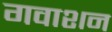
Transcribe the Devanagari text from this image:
गवाशन